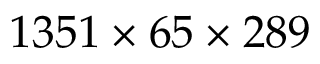
1 3 5 1 \times 6 5 \times 2 8 9